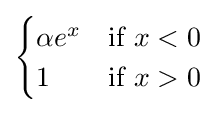
{\begin{cases}\alpha e^{x}&{\text{if }}x<0\\1&{\text{if }}x>0\end{cases}}